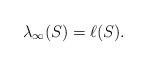
LaTeX: \begin{align*}\lambda_\infty(S)=\ell(S).\end{align*}